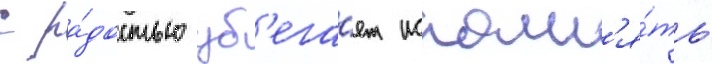
с ра́достью уб'ега́ет исполн'я́ть